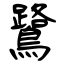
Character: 鷺